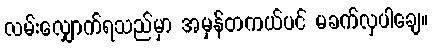
လမ်းလျှောက်ရသည်မှာ အမှန်တကယ်ပင် မခက်လှပါချေ။